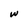
Character: w